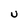
Character: U